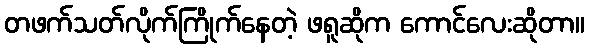
တဖက်သတ်လိုက်ကြိုက်နေတဲ့ ဖရူဆိုက ကောင်လေးဆိုတာ။